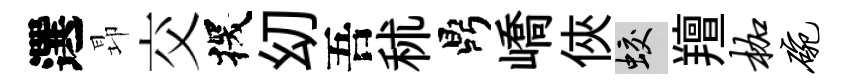
選昻交探㓜吾秫鼎嶠俠蛟羶枷碗